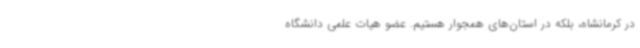
در کرمانشاه، بلکه در استان‌های همجوار هستیم. عضو هیات علمی دانشگاه